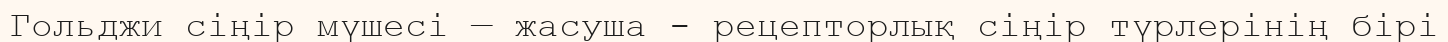
Гольджи сіңір мүшесі — жасуша - рецепторлық сіңір түрлерінің бірі